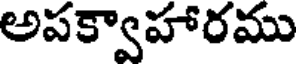
అపక్వాహారము